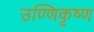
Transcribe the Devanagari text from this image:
उण्णिकृष्ण